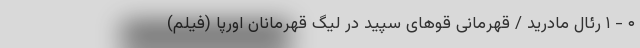
۰ - ۱ رئال مادرید / قهرمانی قوهای سپید در لیگ قهرمانان اورپا (فیلم)